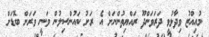
މުއިއްޒު ވިދާޅުވީ ދަރަވަންދޫ ރައްޔިތުންނަށް އެ ރަށު ކައުންސިލުން ވަނީ ވަރަށް ބޮޑަށް